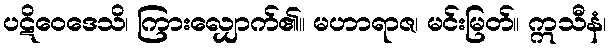
ပဋိဝေဒေသိ၊ ကြားလျှောက်၏။ မဟာရာဇ၊ မင်းမြတ်။ ဣသီနံ၊